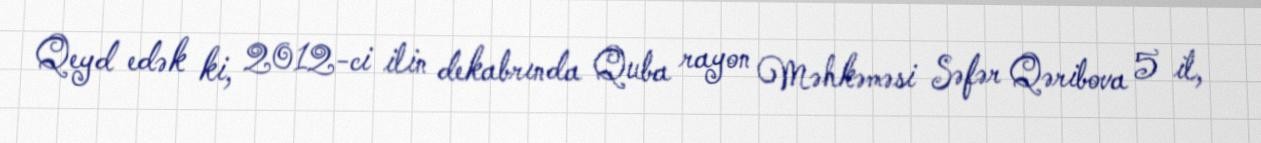
Qeyd edək ki, 2012-ci ilin dekabrında Quba rayon Məhkəməsi Səfər Qəribova 5 il,